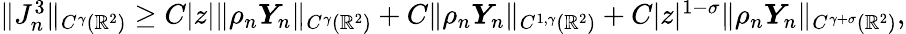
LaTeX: \begin{array}{r}{\| J_{n}^{3}\| _{C^{\gamma}(\mathbb{R}^{2})}\geq C|z|\| \rho_{n}\boldsymbol{Y}_{n}\| _{C^{\gamma}(\mathbb{R}^{2})}+C\| \rho_{n}\boldsymbol{Y}_{n}\| _{C^{1,\gamma}(\mathbb{R}^{2})}+C|z|^{1-\sigma}\| \rho_{n}\boldsymbol{Y}_{n}\| _{C^{\gamma+\sigma}(\mathbb{R}^{2})},}\end{array}